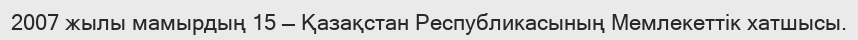
2007 жылы мамырдың 15 — Қазақстан Республикасының Мемлекеттік хатшысы.